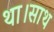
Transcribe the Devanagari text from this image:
था।साथ